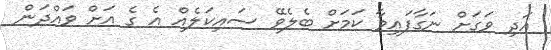
އަދި ވަގަށް ނަގާފައިވާ ކަމަށް ބެލެވޭ ސައިކަލެއް އެ ގެ އަށް ވައްދަން